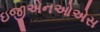
ઇજીએનઓએસ